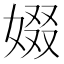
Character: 娺